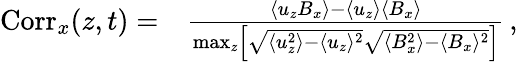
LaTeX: \begin{array}{rl}{\mathrm{Corr}_{x}(z,t)=}&{\frac{\langle u_{z}B_{x}\rangle-\langle u_{z}\rangle\langle B_{x}\rangle}{\operatorname*{max}_{z}\left[\sqrt{\langle u_{z}^{2}\rangle-\langle u_{z}\rangle^{2}}\sqrt{\langle B_{x}^{2}\rangle-\langle B_{x}\rangle^{2}}\right]}\, ,}\end{array}